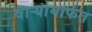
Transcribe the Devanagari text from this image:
वाऱ्यामार्फत